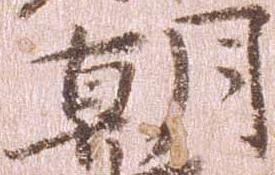
朝